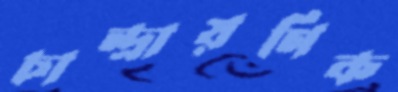
চান্দ্রায়ণিক